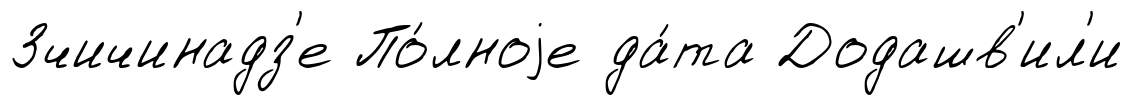
Зчичинадз'е По́лноjе да́та Додашв'ил'и